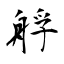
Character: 艀